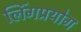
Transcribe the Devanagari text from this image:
लिंगप्रयोग